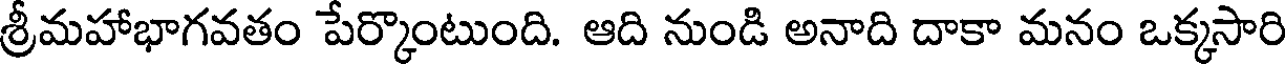
శ్రీమహాభాగవతం పేర్కొంటుంది. ఆది నుండి అనాది దాకా మనం ఒక్కసారి